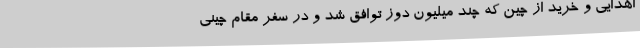
اهدایی و خرید از چین که چند میلیون دوز توافق شد و در سفر مقام چینی